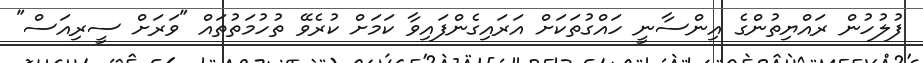
ފުލުހުން ރައްޔިތުންގެ އިންސާނީ ހައްގުތަކަށް އަރައިގެންފައިވާ ކަމަށް ކުރެވޭ ތުހުމަތުތައް "ވަރަށް ސީރިއަސް"